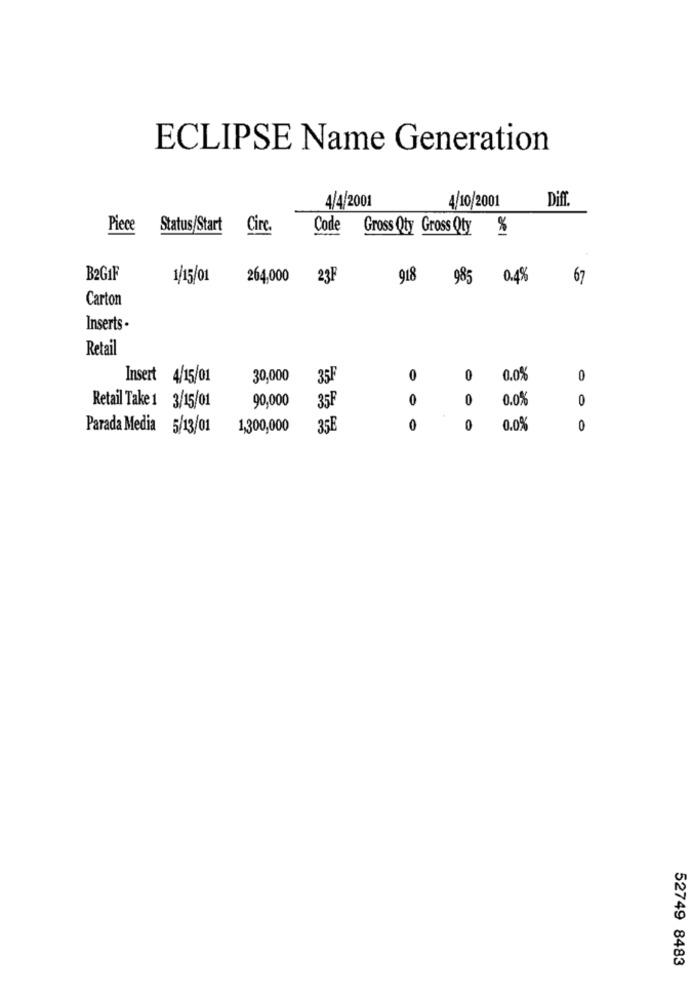
ECLIPSE Name Generation
4/4/2001
Diff
4/10/2001
Piece
Status/Start
Cire.
Code
Gross Qty Gross Qty %
B2G1F
1/15/01
264,000
23F
918 985 0.4%
67
Carton
Inserts
Retail
Insert 4/15/01
30,000
0
0
0.0%
0
90,000
0
0
0.0%
0
Retail Take 1 3/15/01
Parada Media 5/13/01
1,300,000
35E
0
0
0.0%
0
52749 8483